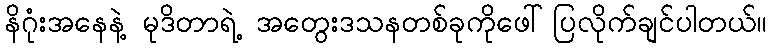
နိဂုံးအနေနဲ့ မုဒိတာရဲ့ အတွေးဒသနတစ်ခုကိုဖေါ်ပြလိုက်ချင်ပါတယ်။